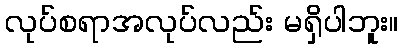
လုပ်စရာအလုပ်လည်း မရှိပါဘူး။